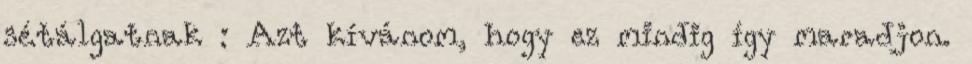
sétálgatnak : Azt kívánom, hogy ez mindig így maradjon.